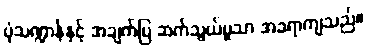
ပုံသဏ္ဍာန်နှင့် အချက်ပြ ဆက်သွယ်မှုသာ အခရာကျသည်။